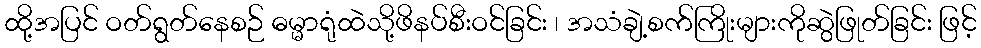
ထို့အပြင် ဝတ်ရွတ်နေစဉ် ဓမ္မာရုံထဲသို့ဖိနပ်စီးဝင်ခြင်း ၊ အသံချဲ့စက်ကြိုးများကိုဆွဲဖြုတ်ခြင်း ဖြင့်